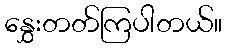
နွှေးတတ်ကြပါတယ်။